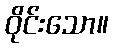
ဝိုင်းသော။